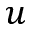
u